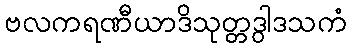
ဗလကရဏီယာဒိသုတ္တဒွါဒသကံ